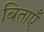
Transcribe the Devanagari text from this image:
बिताएँ